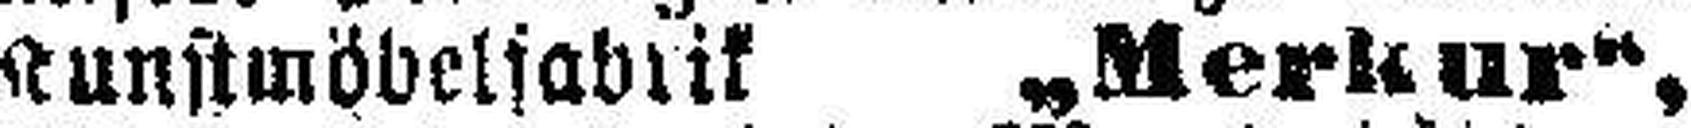
Kunstmöbelfabrik „Merkur“,